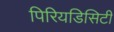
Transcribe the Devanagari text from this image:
पिरियडिसिटी